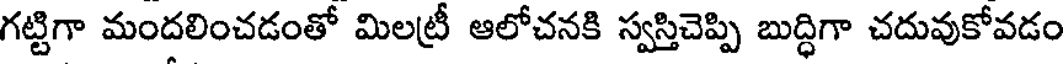
గట్టిగా మందలించడంతో మిలట్రీ ఆలోచనకి స్వస్తిచెప్పి బుద్ధిగా చదువుకోవడం